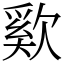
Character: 㰿